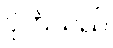
ပိုက်သည်